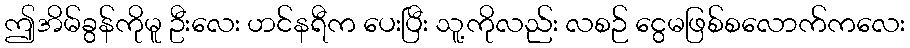
ဤအိမ်ခွန်ကိုမူ ဦးလေး ဟင်နရီက ပေးပြီး သူ့ကိုလည်း လစဉ် ငွေမဖြစ်စလောက်ကလေး